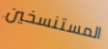
المستنسخين